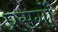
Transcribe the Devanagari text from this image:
प्रसर्गों